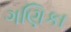
ગણિકા